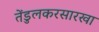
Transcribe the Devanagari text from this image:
तेंडुलकरसारखा